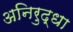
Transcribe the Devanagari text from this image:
अनिरुद्धा